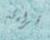
قراءته